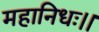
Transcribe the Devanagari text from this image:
महानिधः।।